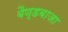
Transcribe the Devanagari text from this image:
बैण्डबाजा